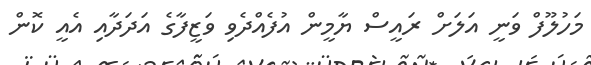
މަހުލޫފް ވަނީ އަލަށް ރައީސް ޔާމީން އުފެއްދެވި ވަޒީފާގެ އަދަދާއި އެއީ ކޮން